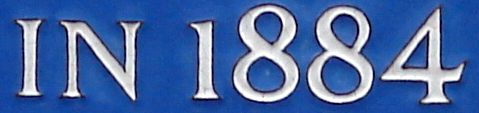
IN 1884